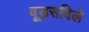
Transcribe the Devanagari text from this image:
वूड्सविले